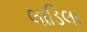
લાડિલા